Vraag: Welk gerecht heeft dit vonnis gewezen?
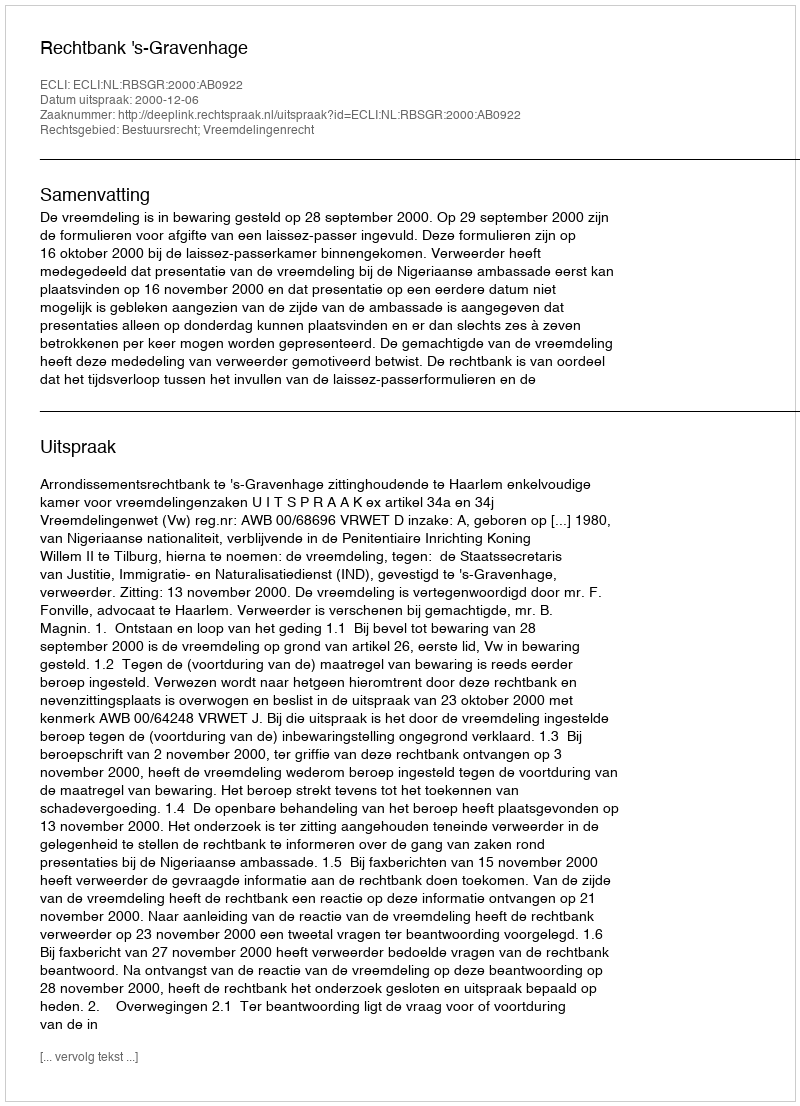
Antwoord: Rechtbank 's-Gravenhage